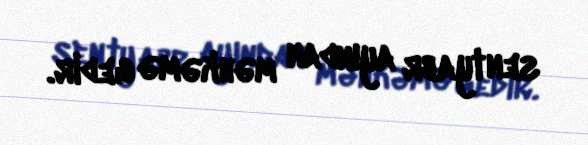
sentyabr ayından məhkəmə gedir.